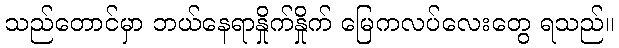
သည်တောင်မှာ ဘယ်နေရာနှိုက်နှိုက် မြေကလပ်လေးတွေ ရသည်။